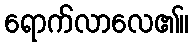
ရောက်လာလေ၏။